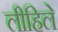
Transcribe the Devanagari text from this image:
लीहिले